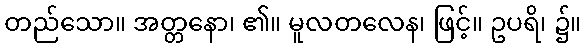
တည်သော။ အတ္တနော၊ ၏။ မူလတလေန၊ ဖြင့်။ ဥပရိ၊ ၌။